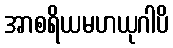
အာစရိယမဟယုဂါပိ